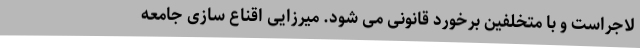
لاجراست و با متخلفین برخورد قانونی می شود. میرزایی اقناع سازی جامعه